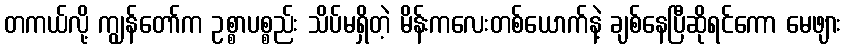
တကယ်လို့ ကျွန်တော်က ဥစ္စာပစ္စည်း သိပ်မရှိတဲ့ မိန်းကလေးတစ်ယောက်နဲ့ ချစ်နေပြီဆိုရင်ကော မေဖျား